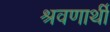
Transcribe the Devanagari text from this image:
श्रवणार्थी